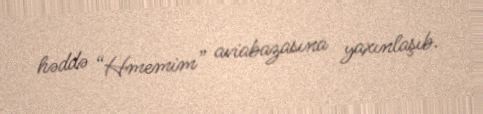
həddə “Hmemim” aviabazasına yaxınlaşıb.